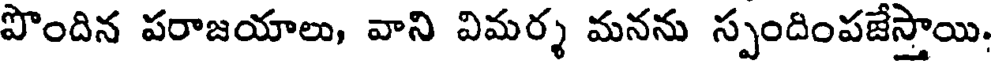
పొందిన పరాజయాలు, వాని విమర్శ మనను స్పందింపజేస్తాయి.